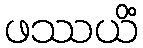
ဖဿယိံ